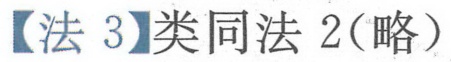
【法 3】类同法 2(略）